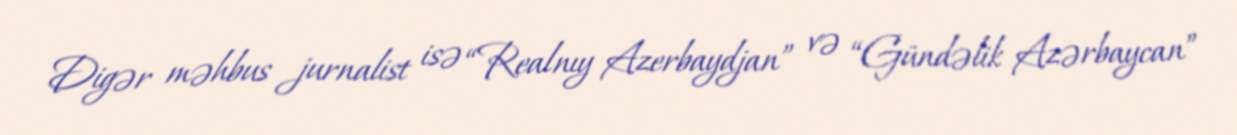
Digər məhbus jurnalist isə “Realnıy Azerbaydjan” və “Gündəlik Azərbaycan”